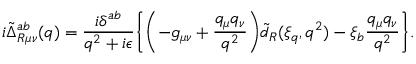
i \tilde { \Delta } _ { R \mu \nu } ^ { a b } ( q ) = \frac { i \delta ^ { a b } } { q ^ { 2 } + i \epsilon } \Biggl \{ \biggl ( - g _ { \mu \nu } + \frac { q _ { \mu } q _ { \nu } } { q ^ { 2 } } \biggr ) \tilde { d } _ { R } ( \xi _ { q } , q ^ { 2 } ) - \xi _ { b } \frac { q _ { \mu } q _ { \nu } } { q ^ { 2 } } \Biggr \} .